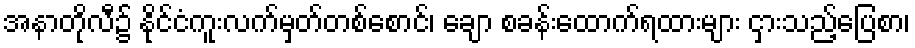
အနာတိုလီ၌ နိုင်ငံကူးလက်မှတ်တစ်စောင်၊ ချော စခန်းထောက်ရထားများ ငှားသည့်ပြေစာ၊